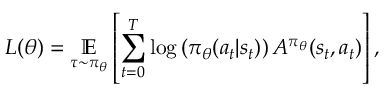
L ( \theta ) = \underset { \tau \sim \pi _ { \theta } } { \mathbb { E } } \left[ \sum _ { t = 0 } ^ { T } \log \left( \pi _ { \theta } ( a _ { t } \vert s _ { t } ) \right) A ^ { \pi _ { \theta } } ( s _ { t } , a _ { t } ) \right] ,